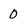
Character: 0